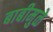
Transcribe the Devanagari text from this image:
बाबीमुळे